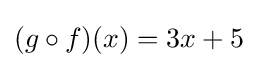
(g\circ f)(x)=3x+5